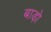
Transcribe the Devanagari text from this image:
बाड़ो